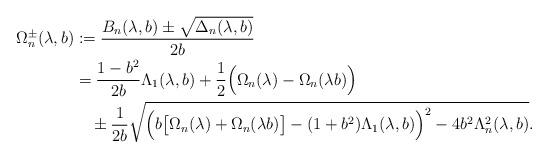
LaTeX: \begin{align*}\Omega_{n}^{\pm}(\lambda,b)&:=\frac{ B_{n}(\lambda,b)\pm\sqrt{\Delta_{n}(\lambda,b)}}{2b}\\&=\frac{1-b^{2}}{2b}\Lambda_{1}(\lambda,b)+\frac{1}{2}\Big(\Omega_{n}(\lambda)-\Omega_{n}(\lambda b)\Big)\\&\quad\pm\frac{1}{2b}\sqrt{\Big(b\big[\Omega_{n}(\lambda)+\Omega_{n}(\lambda b)\big]-(1+b^{2})\Lambda_{1}(\lambda,b)\Big)^{2}-4b^{2}\Lambda_{n}^{2}(\lambda,b)}.\end{align*}